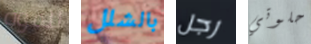
للقوة بالشلل رجل حلوتي